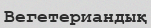
Вегетериандық